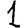
Digit: 1